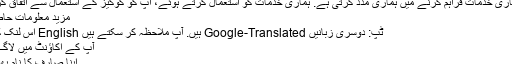
کوکیز ہماری خدمات فراہم کرنے میں ہماری مدد کرتی ہے. ہماری خدمات کو استعمال کرتے ہوئے، آپ کو کوکیز کے استعمال سے اتفاق کرتے ہیں.
مزید معلومات حاصل کریں
ٹپ: دوسری زبانیں Google-Translated ہیں. آپ ملاحظہ کر سکتے ہیں English اس لنک کا ورژن.
آپ کے اکاؤنٹ میں لاگ ان کریں
اپنا صارف کا نام بھول گئے؟